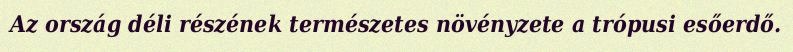
Az ország déli részének természetes növényzete a trópusi esőerdő.